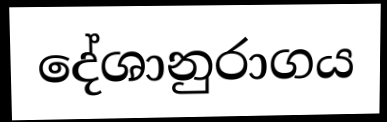
දේශානුරාගය